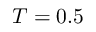
T = 0 . 5